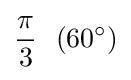
{\pi  \over 3}\ \ (60^{\circ })